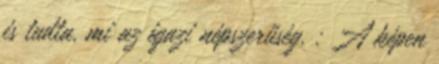
is tudta, mi az igazi népszerűség. : A képen